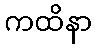
ကထိနာ